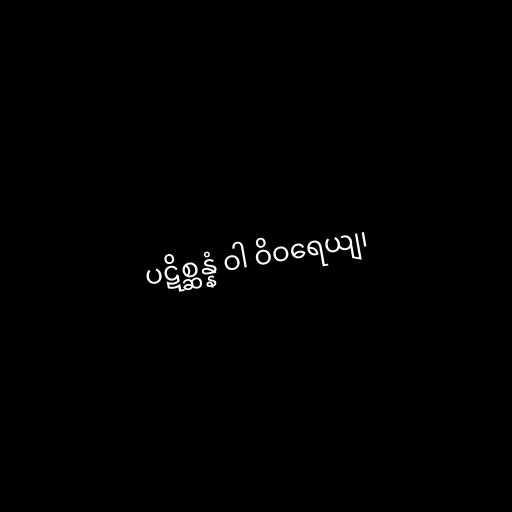
ပဋိစ္ဆန္နံ ဝါ ဝိဝရေယျ၊